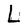
Character: L